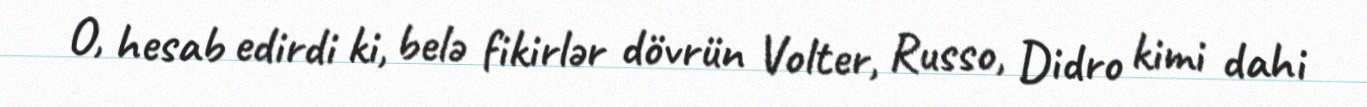
O, hesab edirdi ki, belə fikirlər dövrün Volter, Russo, Didro kimi dahi